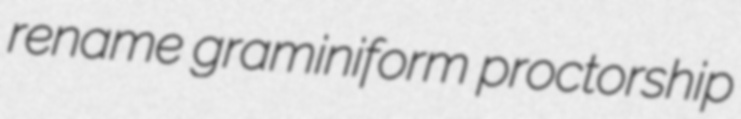
rename graminiform proctorship